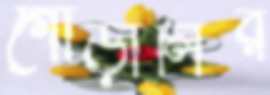
গোড়ালির